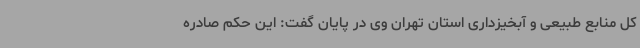
کل منابع طبیعی و آبخیزداری استان تهران وی در پایان گفت: این حکم صادره